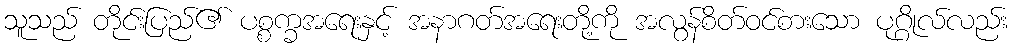
သူသည် တိုင်းပြည်၏ ပစ္စက္ခအရေးနှင့် အနာဂတ်အရေးတို့ကို အလွန်စိတ်ဝင်စားသော ပုဂ္ဂိုလ်လည်း